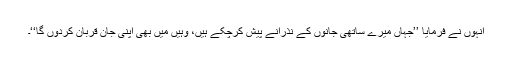
انہوں نے فرمایا ’’جہاں میرے ساتھی جانوں کے نذرانے پیش کرچکے ہیں، وہیں میں بھی اپنی جان قربان کردوں گا‘‘۔